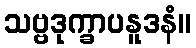
သဗ္ဗဒုက္ခာပနူဒနံ။